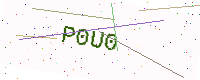
Text: P0U0